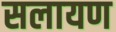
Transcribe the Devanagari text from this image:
सलायण